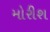
મોરીશ